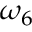
\omega _ { 6 }